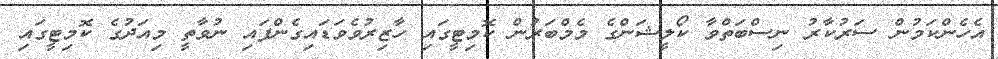
އެހެންކަމުން ސަރުކާރު ނިސްބަތްވާ ކޯލީޝަންގެ މެމްބަރުން ކޮމިޓީގައި ހާޒިރުވެވަޑައިގެންފައި ނުވާތީ މިއަދުގެ ކޮމިޓީގައި